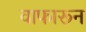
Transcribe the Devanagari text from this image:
वाफारून